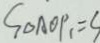
S _ { \Delta A O P _ { 1 } } = S